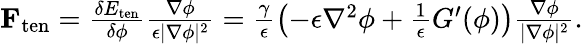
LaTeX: \begin{array}{r}{\mathbf{F}_{\mathrm{ten}}=\frac{\delta E_{\mathrm{ten}}}{\delta\phi}\frac{\nabla\phi}{\epsilon|\nabla\phi|^{2}}=\frac{\gamma}{\epsilon}\left(-\epsilon\nabla^{2}\phi+\frac{1}{\epsilon}G^{\prime}(\phi)\right)\frac{\nabla\phi}{|\nabla\phi|^{2}}.}\end{array}